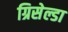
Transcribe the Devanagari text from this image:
ग्रिसेल्डा